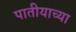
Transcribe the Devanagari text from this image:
पातीयाच्या